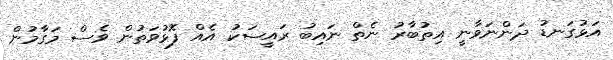
އަޅުގަނޑު ދަންނަވާނީ އިތުބާރު ނެތް ނައިބު ރައީސަކު އެއް ފޮޅުވަތުން ވެސް މަގާމުން